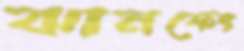
ঝানফেং